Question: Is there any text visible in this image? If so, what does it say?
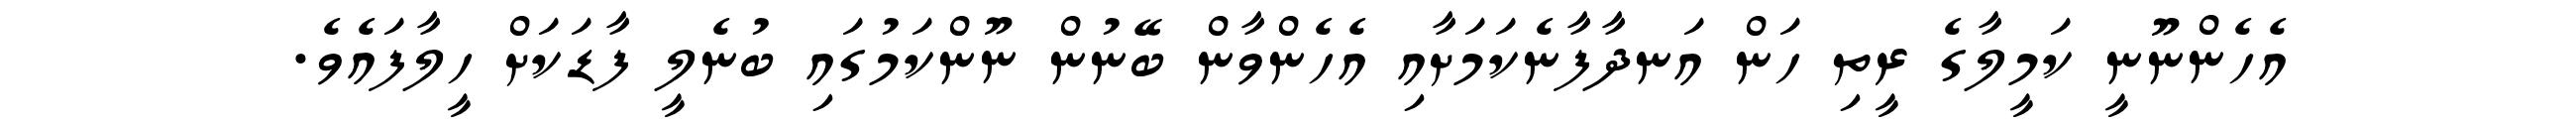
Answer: އެހެންނޫނީ ކަމީލާގެ ރީތި ހަން އަނދާފާނެކަމަށާއި އެހެންވާން ބޭނުން ނޫންކަމުގައި ބުނެލީ ފާޑަކަށް ހީލާފައެވެ.